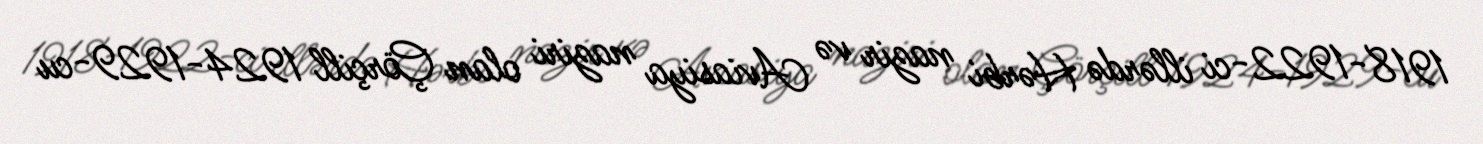
1918-1922-ci illərdə Hərbi nazir və Aviasiya naziri olan Çörçill 1924-1929-cu